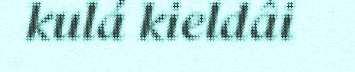
kulá kieldâi